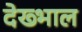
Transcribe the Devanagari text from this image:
देख्भाल